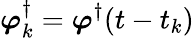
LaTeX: \boldsymbol{\varphi}_{k}^{\dagger}=\boldsymbol{\varphi}^{\dagger}(t-t_{k})